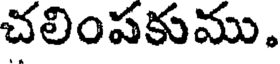
చలింపకుము.